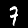
Label: 7